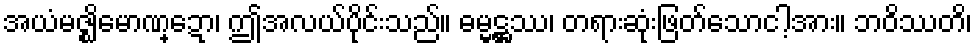
အယံမဇ္ဈိမောဏ္ဍော၊ ဤအလယ်ပိုင်းသည်။ ဓမ္မဋ္ဌဿ၊ တရားဆုံးဖြတ်သောငါ့အား။ ဘဝိဿတိ၊